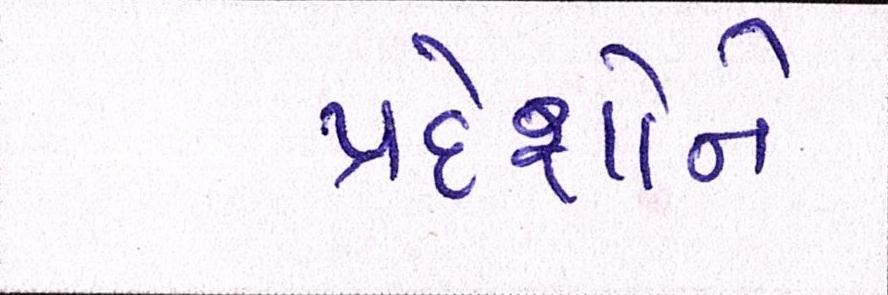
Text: પ્રદેશોને